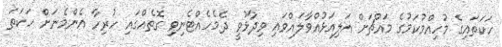
ހަކަތައިގެ މުހިއްމުކަމުގެ މައްޗަށް އަލިއަޅުއްވާލައްވައި ވިދާޅުވީ ދެމެހެއްޓެނިވި ގޮތެއްގައި ހުރިހާ އެންމެނަށް ހަކަތަ